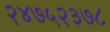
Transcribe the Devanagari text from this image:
२४७५२३७८